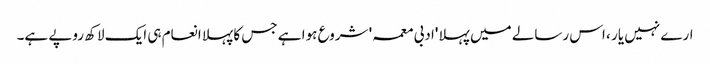
ارے نہیں یار ، اس رسالے میں پہلا 'ادبی معمہ' شروع ہوا ہے جس کا پہلا انعام ہی ایک لاکھ روپے ہے۔